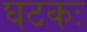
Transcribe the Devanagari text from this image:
घटकः